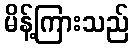
မိန့်ကြားသည်